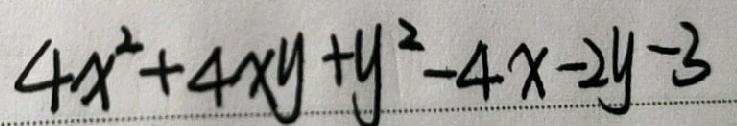
4 x ^ { 2 } + 4 x y + y ^ { 2 } - 4 x - 2 y - 3